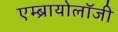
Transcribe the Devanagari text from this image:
एम्ब्रायोलाॅजी